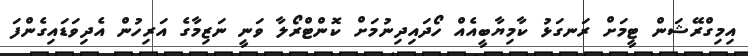
އިމިގްރޭޝަން ޓީމަށް ރަނގަޅު ކާމިޔާބީއެއް ހޯދައިދިނުމަށް ކޮންޓްރޯލާ ވަނީ ނަޒިމާގެ އަރިހުން އެދިވަޑައިގެންފަ